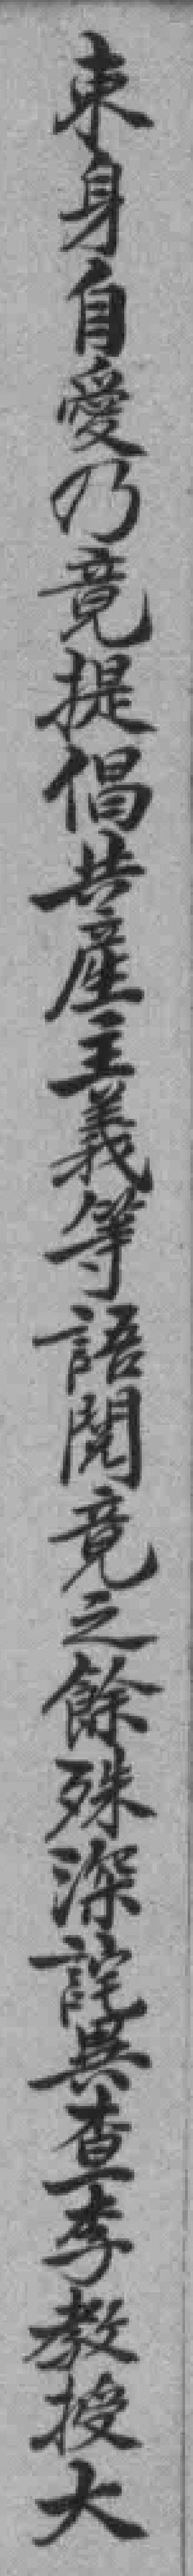
東身自愛乃竟提倡共產主義等語閱竟之餘殊深詫異查李教授大